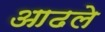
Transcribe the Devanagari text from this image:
आढले